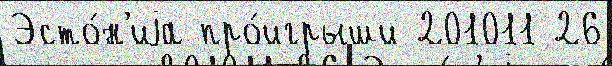
Эсто́н'иjа про́игрыши 201011 26